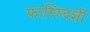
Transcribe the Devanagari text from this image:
फास्स्दिशी